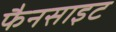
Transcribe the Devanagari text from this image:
फैनसाइट